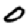
Digit: 0